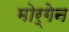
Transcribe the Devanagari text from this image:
मोर्गेन